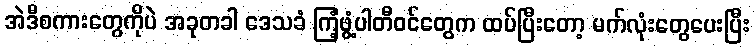
အဲဒီစကားတွေကိုပဲ အခုတခါ ဒေသခံ ကြံ့ဖွံ့ပါတီဝင်တွေက ထပ်ပြီးတော့ မက်လုံးတွေပေးပြီး